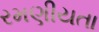
રમણીયતા